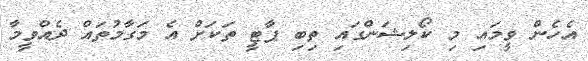
އެހެން ވީމައި މި ކޯލިޝަންގައި ތިބި ޕާޓީ ތަކަށް އެ މަގާމުތައް ދެއްވީމާ